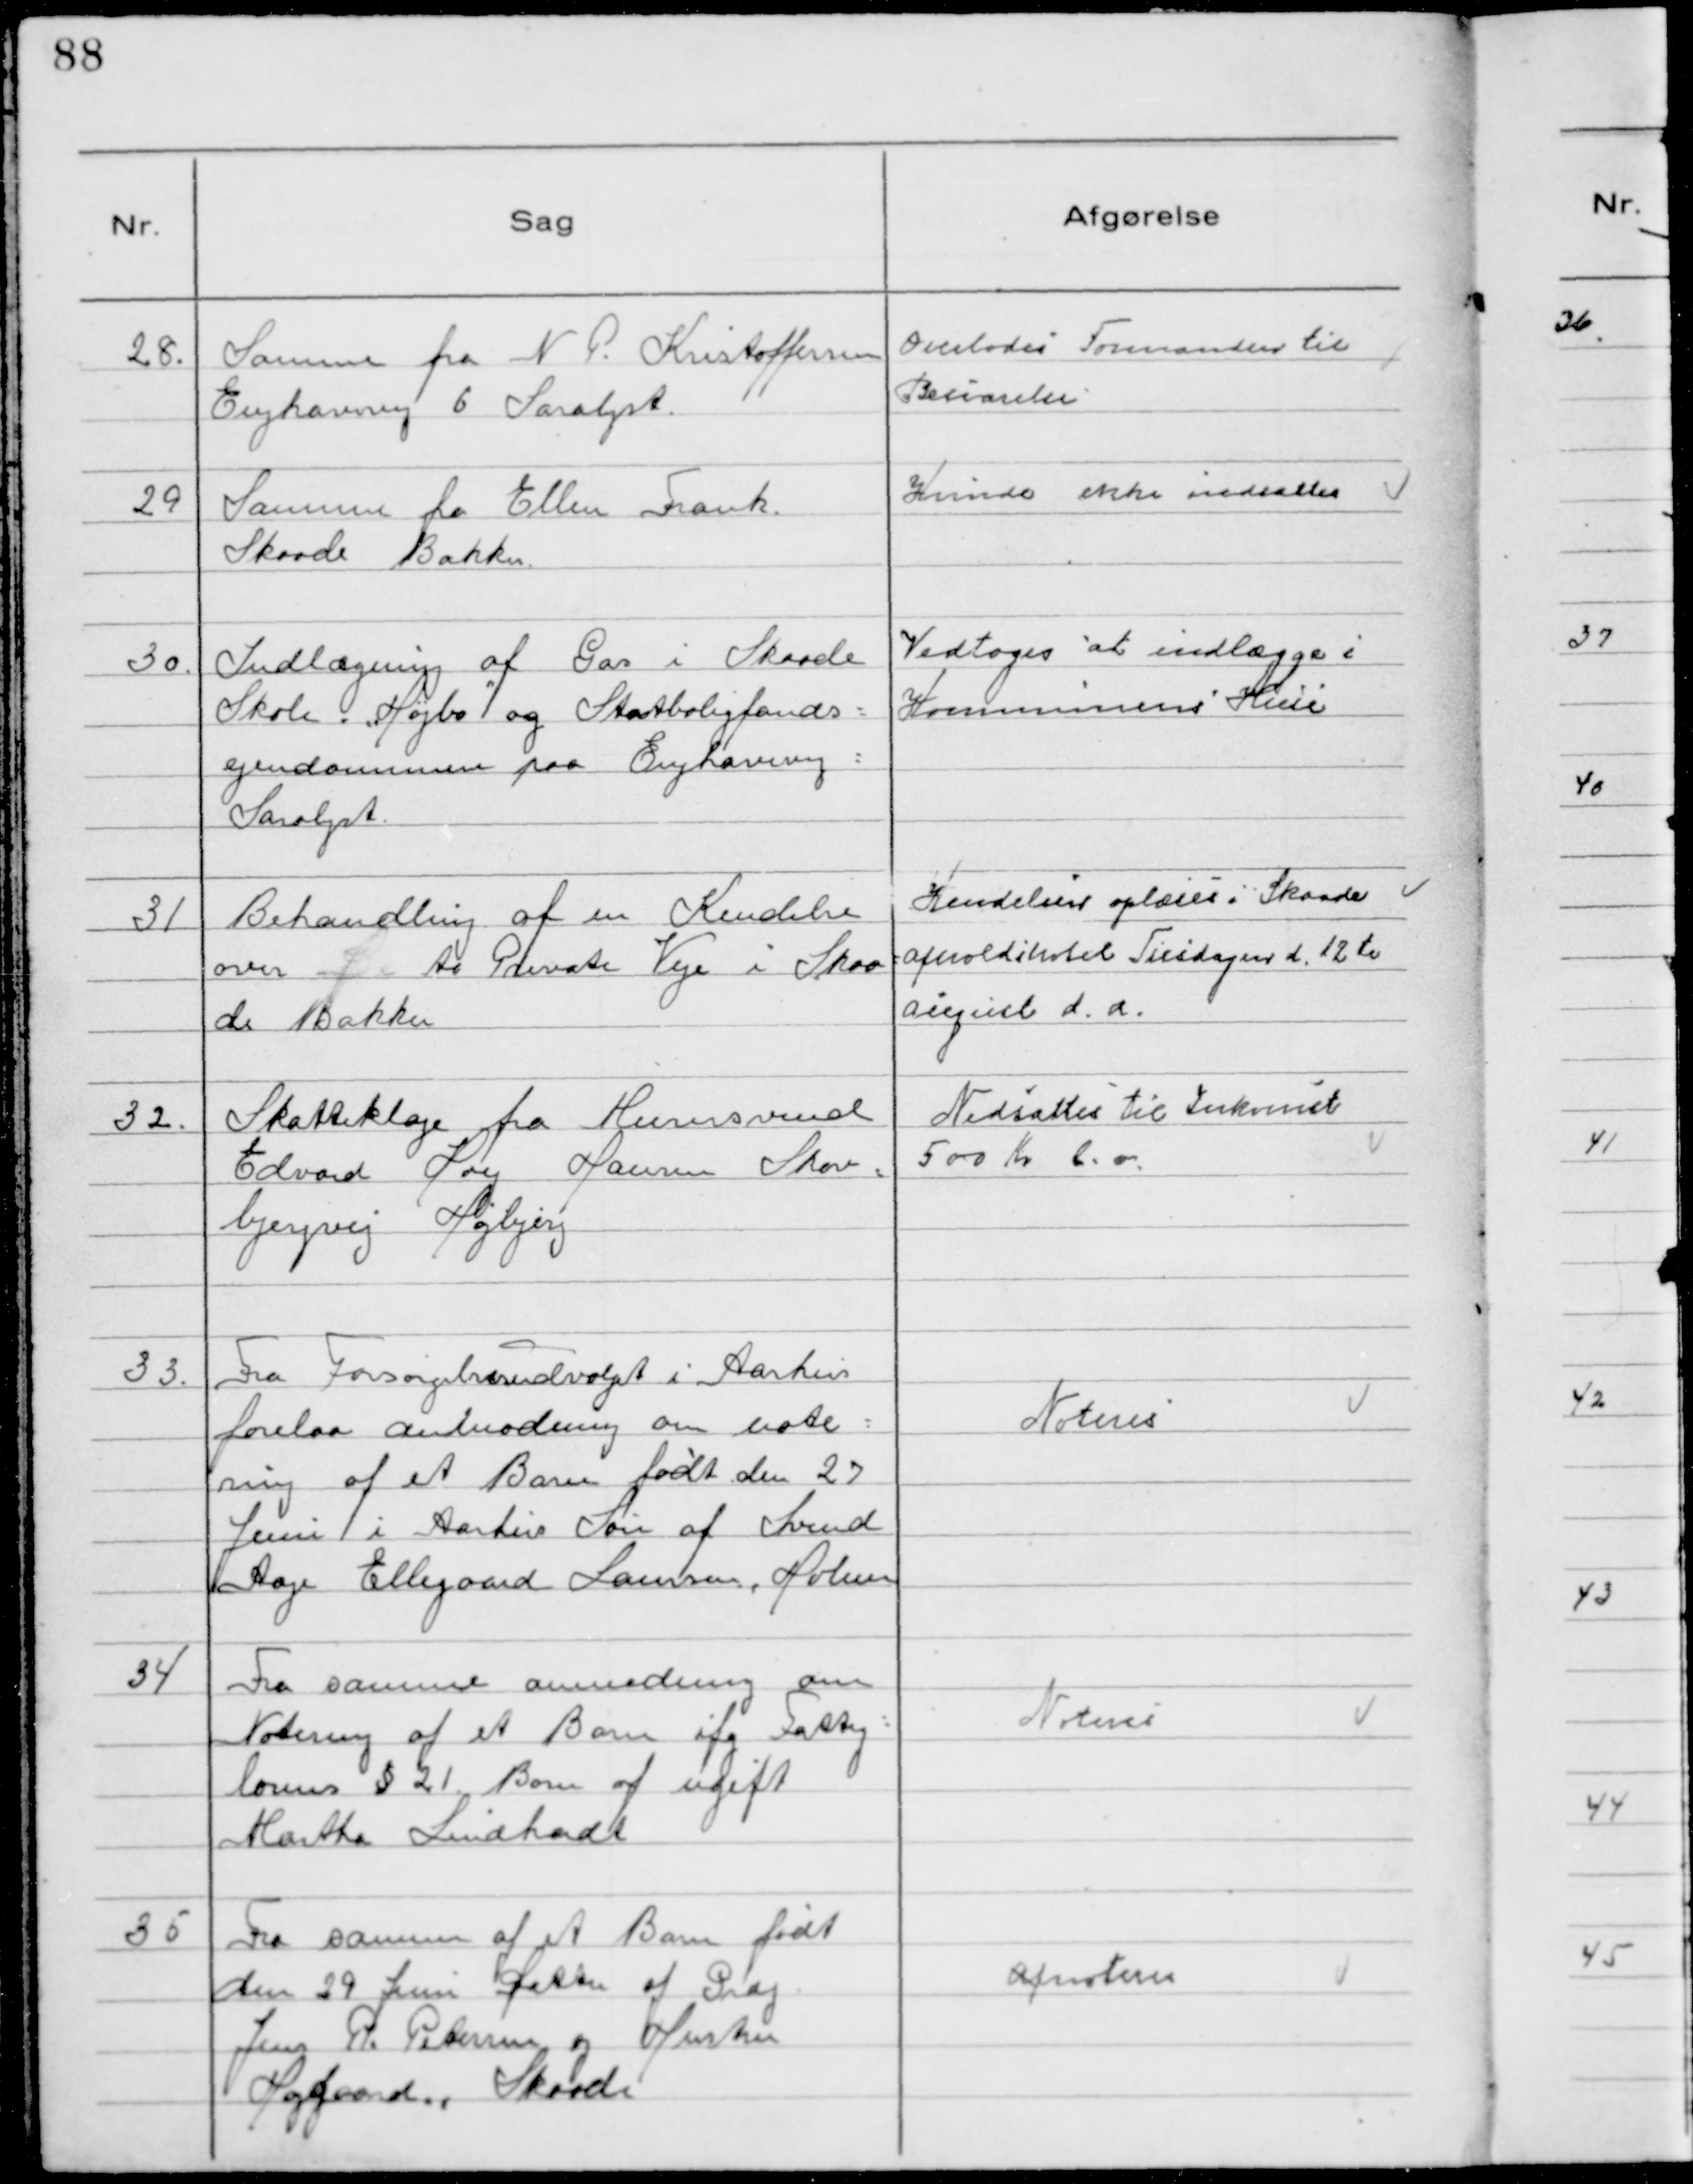
Transskription:
28. 
Samme fra N P. Kristoffersen
Enghavevej 6 Saralyst.

Overlodes Formanden til
Besvarelse

29 
Samme fra Ellen Frank.
Skaade Bakker.

Kunde ikke nedsættes

30. Indlægning af Gas i Skaade
Skole "Højbo" og Statsboligfonds=
ejendommen paa Enghavevej =
Saralyst.

Vedtoges at indlægge i
Kommunens Huse

31 
Behandling af en Kendelse
over fra to Private Veje i Skaa=
de Bakker
Kendelsen oplæses i Skaade
Afholdshotel Tirsdagen d. 12te
August d.a.

32. 
Skatteklage fra Murersvend
Edvard Hoy Hansen Skov=
bjergvej Højbjerg

Nedsattes til Inkomst
500 Kr. d.a.

33. 
Fra Forsøregelsesudvalget i Aarhus
forelaa andmodning om note=
ring af et Barn født den 27
Juni i Aarhus Søn af Svend
Aage Ellegaard Laursen, Holme

Noteres

34 
Fra samme anmodning om
Notering af et Barn ifg. Fattig=
lovens § 21. Barn af ugift
Martha Lindhardt

Noteres

35 
Fra samme af et Barn født
den 29 Juni Datter af Grdj.
Jens R. Petersen og Hustru
Højgaard, Skaade

Afnoteres